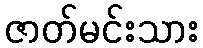
ဇာတ်မင်းသား